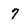
Character: 7